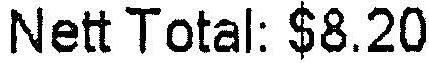
NETT TOTAL: $8.20